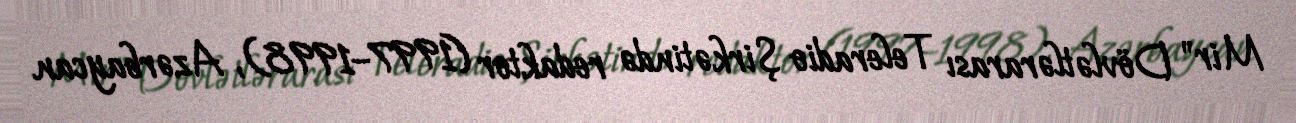
Mir" Dövlətlərarası Teleradio Şirkətində redaktor (1997–1998), Azərbaycan